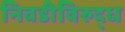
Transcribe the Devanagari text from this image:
निवडीविरुद्ध